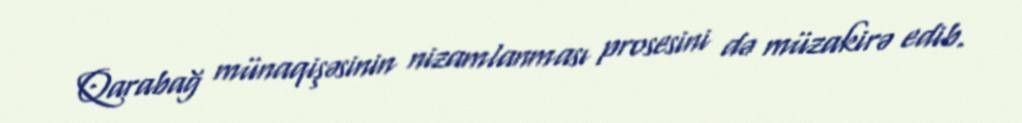
Qarabağ münaqişəsinin nizamlanması prosesini də müzakirə edib.